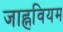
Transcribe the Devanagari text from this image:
जाह्नवियम